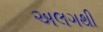
અલગથી